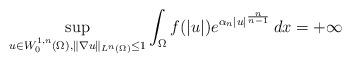
LaTeX: \begin{align*}\sup_{u\in W^{1,n}_0(\Omega),\|\nabla u\|_{L^n(\Omega)}\leq 1}\int_\Omega f(|u|)e^{\alpha_n|u|^{\frac{n}{n-1}}}\, dx=+\infty\end{align*}